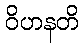
ဝိဟနတိ